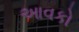
આવકો